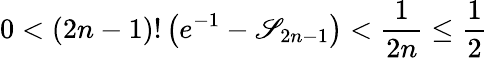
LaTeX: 0<(2n-1)!\left(e^{-1}-\mathscr{S}_{2n-1}\right)<{\frac{{1}}{{2n}}}\leq{\frac{{1}}{{2}}}